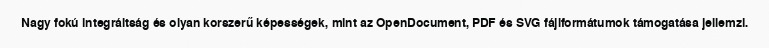
Nagy fokú integráltság és olyan korszerű képességek, mint az OpenDocument, PDF és SVG fájlformátumok támogatása jellemzi.